Leaving Certificate Examination, 1921
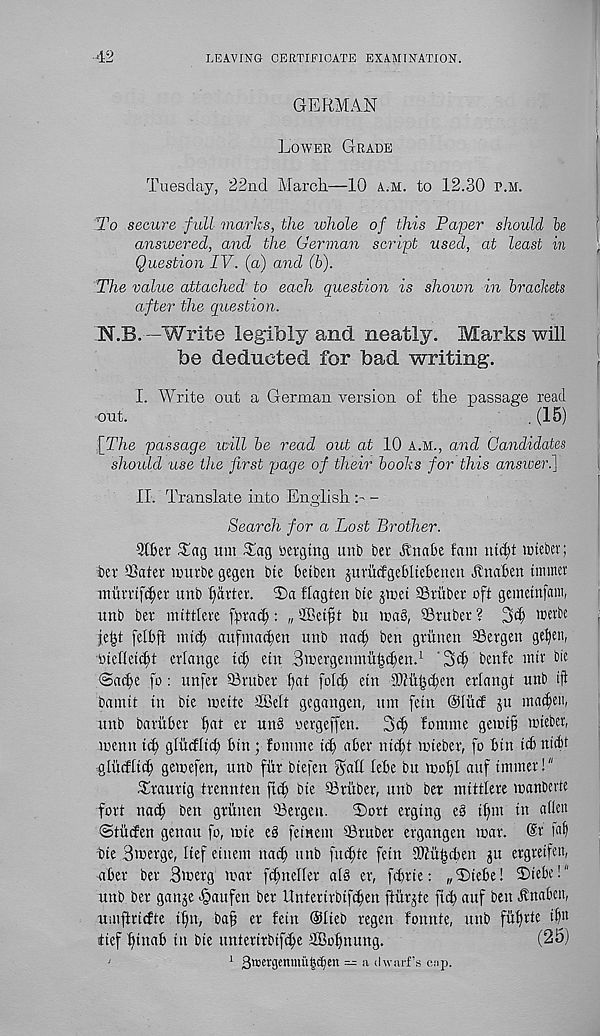
42
LEAVING CERTIFICATE EXAMINATION.
GERMAN
Lower Grade
Tuesday, 22nd March.—10 a.m. to 12.30 p.m.
To secure full marks, the whole of this Paper should le
answered, and the German script used, at least in
Question IV. (a) and (b).
The value attached to each question is shown in brackets
after the question.
N.B. —Write legibly and. neatly. Marks will
be deducted for bad writing.
I. Write out a German version of the passage read
out.
. (15)
[The passage will be read out at 10 a.m., and Candidates
should use the first page of their books for this answer.]
II. Translate into English > -
Search for a Lost Brother.
QlBer £ag um Tag merging uni) bet Jtnabe fam md)t mteber;
bet aSater mutbe gegen bte betben jurucfgebliebenen Jtnaben (miner
murtifdjet unb f)artet. T)a flagten bte jmet SStitbet oft gemetnfam,
unb bet mittlere fbtah;: „ 2Bet^t bn mas, 28tuber ? 3d) wetbe
jeljt felbft nud) aufmacten unb nac| ben gtunen SSetgen ge^en,
biellet(^t etlange id; etn Bwergemnii^i^en. 1 '3(^ benfc mtt bie
©at^e fo: unfet ©rubet f)at folcb etn
etlangt uttb tfl
bamtt tn bte mette dBelt gegangen, um fetn @1M jit mad)ett,
unb barubet bat er uu§ nergeffen.
3d; fomnte gemt§ mteber,
menu t(^ gliicfltd; bin ; fontnte id) abet nid;t tutebet, fo bin id) ntebt
-glMlid) gemefen, unb flit biefen 3ah lebe bu mol)I attf unmet!"
Ttautig ttennten fid; bie ffitttber, unb bet mittlete manbevte
fort nad) ben gtitnen ©etgett.
Tort ergtng e§ tf)m in alien
(Stiiden genau fo, mie eg fetnem ©tuber etgangen mat. @t lab
bie Bmetge, lief etitem nat^ mtb fudjte fetn SOitt^den ^u etgretfen,
abet bet 3metg mat fcfnellet at§ et, fd;tte: „Ttebe! Tiebe!"
uttb bet ganje «§aufen bet ilnteritbif^en jlurjte ftd auf ben -ftnaben,
Uiiiftricfte i^n, ba^ et fetn Olteb tegen fonnte, uttb fuf)t te
fief binab in bie untetitbifdje SBobnung.
(25)
'
1 Smergenmubdeit — a dwarf’s cup.